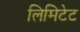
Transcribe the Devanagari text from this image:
लिमिटेट